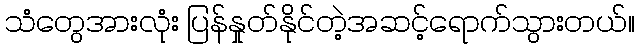
သံတွေအားလုံး ပြန်နှုတ်နိုင်တဲ့အဆင့်ရောက်သွားတယ်။